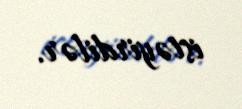
istəyirdilər.